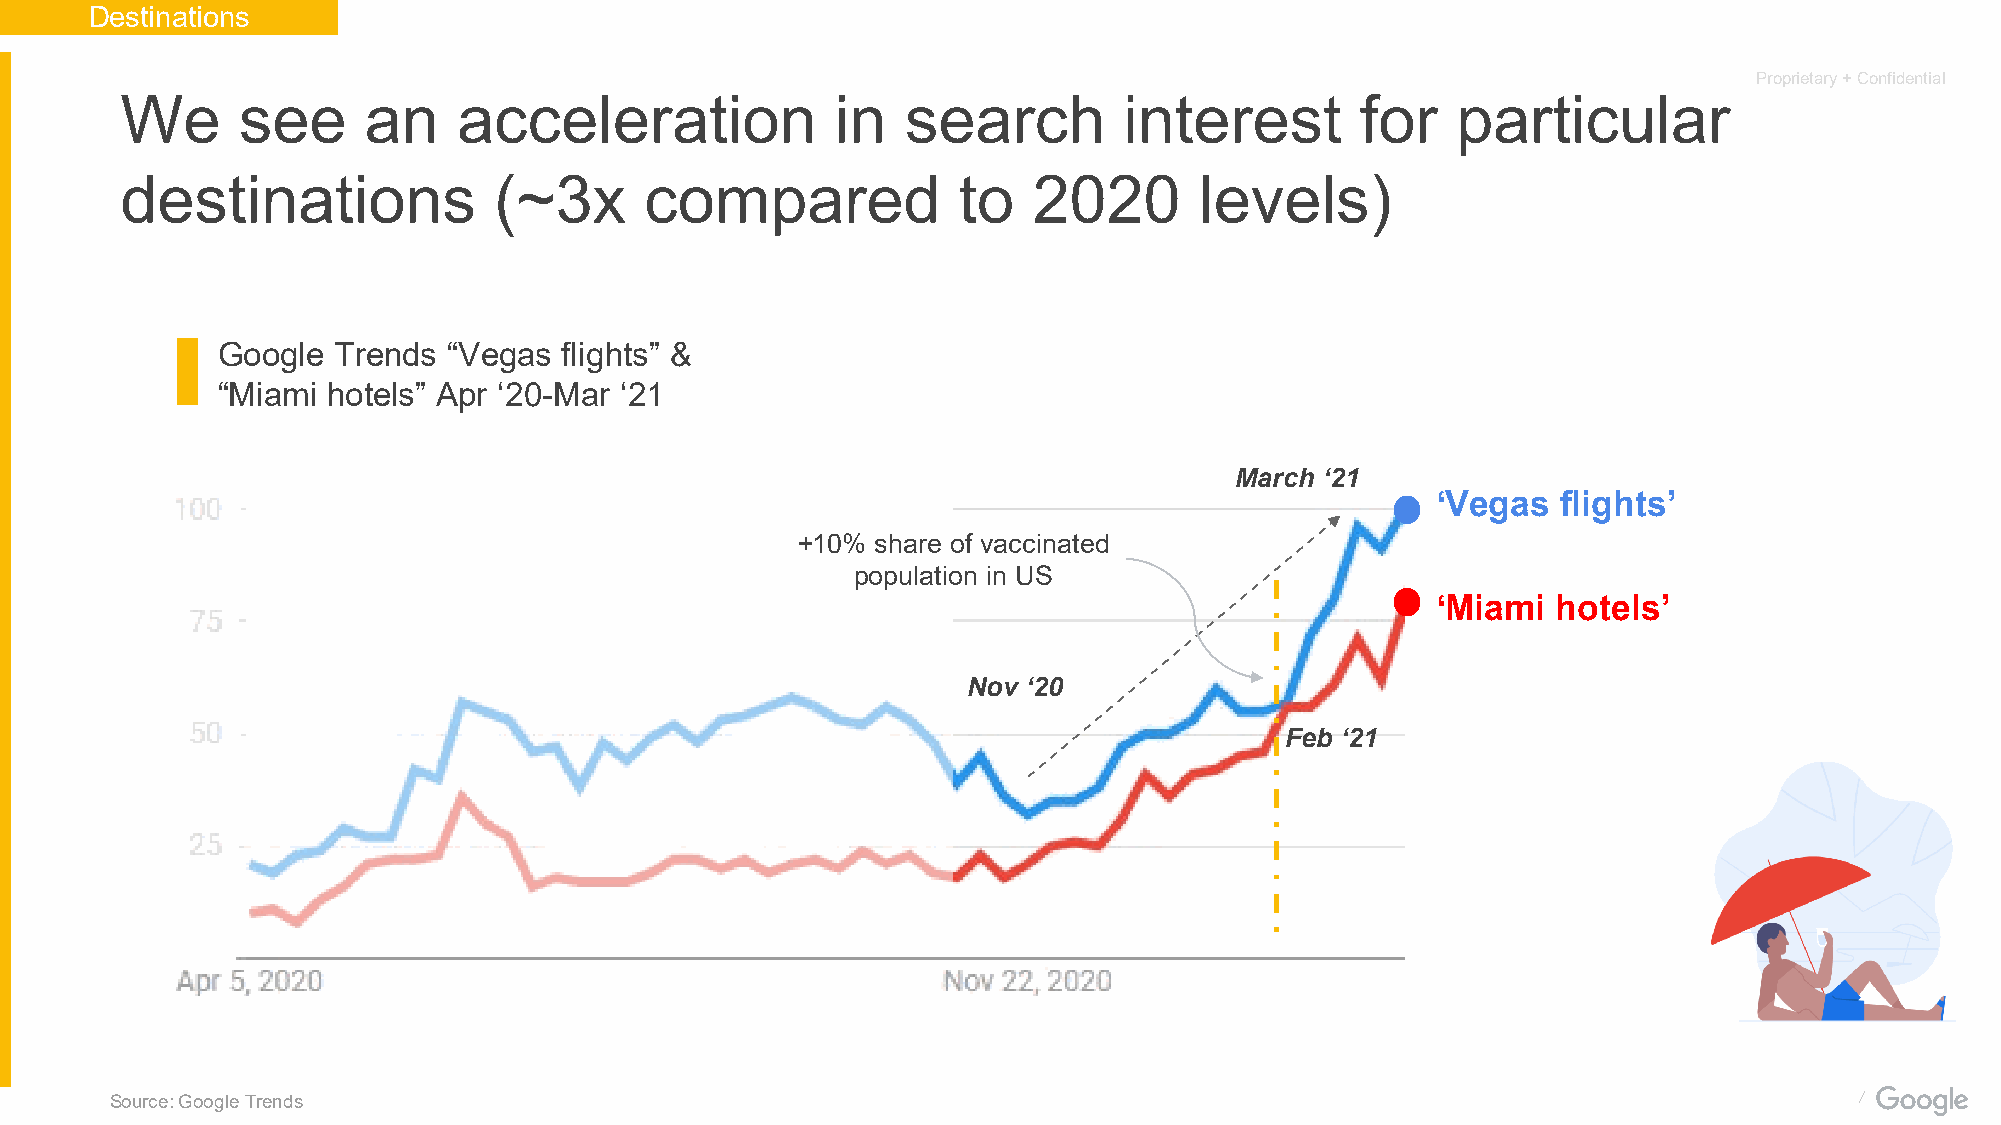
Destinations
 Proprietary + Confidential
 We      see     an    acceleration             in   search        interest        for   particular
 destinations             (~3x      compared            to   2020       levels)
 Google  Trends  “Vegas flights” &
 “Miami  hotels” Apr ‘20-Mar ‘21
 March ‘21
 ‘Vegas  flights’
 +10% share of vaccinated
 population in US
 ‘Miami  hotels’
 Nov ‘20
 Feb ‘21
 Source: Google Trends                                                                                 Proprietary + Confidential